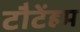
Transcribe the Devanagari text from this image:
टौटेंहम